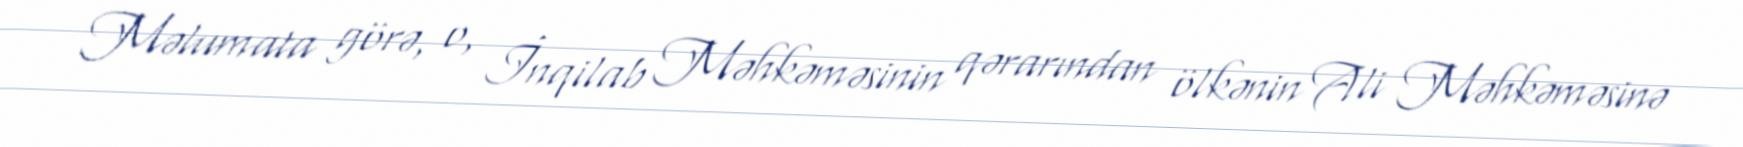
Məlumata görə, o, İnqilab Məhkəməsinin qərarından ölkənin Ali Məhkəməsinə